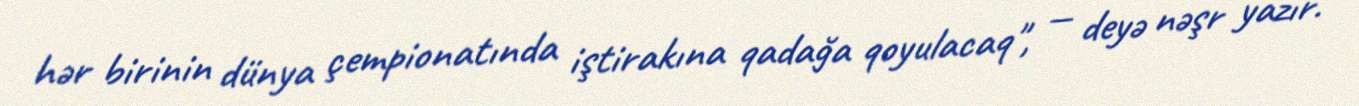
hər birinin dünya çempionatında iştirakına qadağa qoyulacaq", — deyə nəşr yazır.